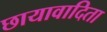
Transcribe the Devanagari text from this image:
छायावादिता